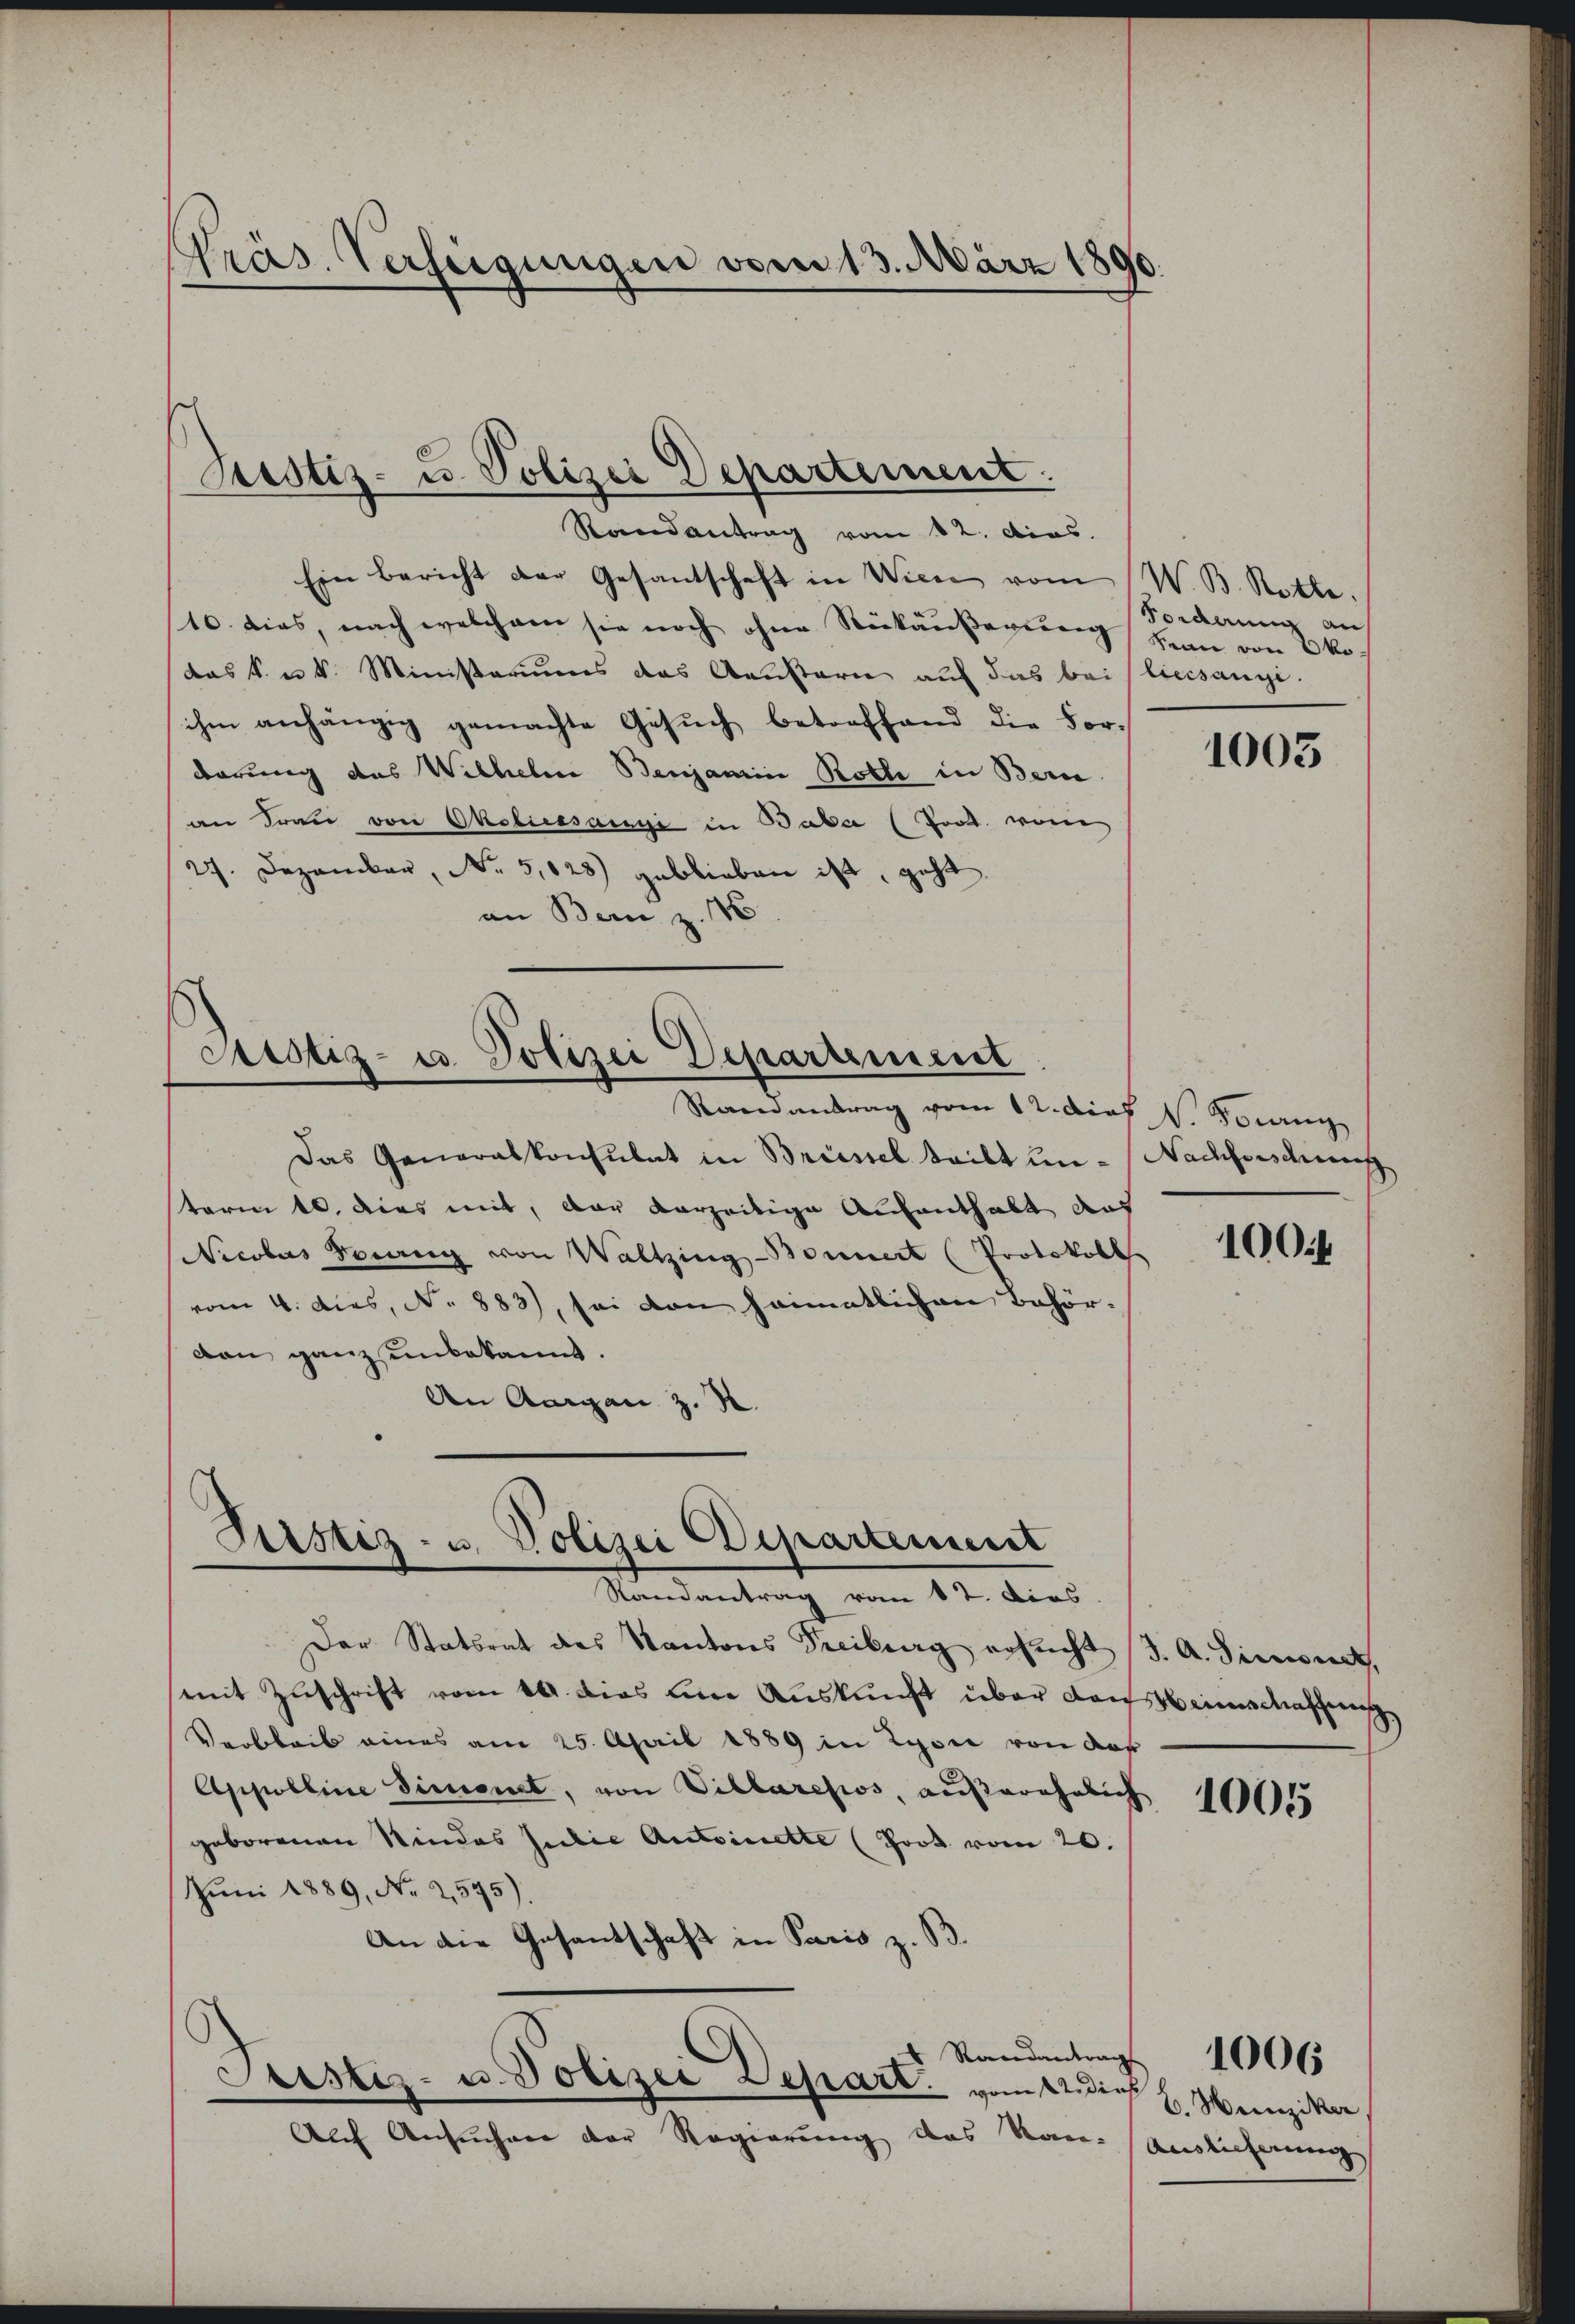
Präs. Verfeigungen vom 13. März 1890.

Randantrag vom 12. Dios.
Ein Bericht der Gesantschaft in Wien vom W. B. Rotte
10. dies, nach welchem sie noch ohne Rückäußerung Bern von Öko¬
(das k. u. k. Ministeriums das Anstern auf das bei (liecsangi-
ihen anhängig gemachte Gesŭch betreffend die Fordörung des Wilhelm Benjamin Roth in Bern
an Frau von Okoliessance in Baber (Prod. von
27. Dezember, No 5,028) geblieben ist, geht.
an Bern z. 186

Justiz- u. Polizei Departement.

Potiz- u. Polizei Departement
Ramantrag vom 12. dies V. Journg

Justiz- u. Polizei Departement
Randantrag vom 1t. Dies

Das Generalkonsulat in Briessel teilt un- Nachforschung
term 10. dies mit, der vorzeitige Aufenthalt den
Nicolas Vorang von Waltzing Bonnert (Protokoll
vom 4. dies, No 883), sei den heimatlichen Behördan ganz unbekannt.
An Aargau z. R.

Der Statsrat des Kantons Freiburg ersucht (3. A. Sinnet,
mit Zuschrift vom 14. dies um Auskunft über dans beinschaffung
Varbleib eines am 25. April 1889 in Lyone von der
Appolline Simonet, von Villaresios, außerähnlich
geborenen Kindes Judie Antoinette (Joot vom 20.
Juni 1889, No 2,595).
An die Gesantschaft in Paris z. B.
4 Randantrag
Justiz- u. Polizei Depart vom 22. Dies
Auch Ansuchere der Regierung des Kan- Auslicherung

Sorderung an

1003

100 f

1005

B. Heinziker

1006